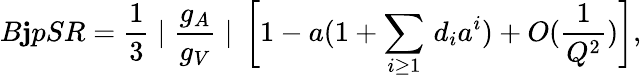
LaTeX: B\mathbf{j}pSR=\frac{{1}}{{3}}\mid\frac{{g_{A}}}{{g_{V}}}\mid\, \bigg[1-a(1+\sum_{i\geq1}\, d_{i}a^{i})+O(\frac{{1}}{{Q^{2}}})\bigg],